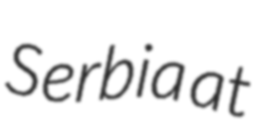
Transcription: Serbia at